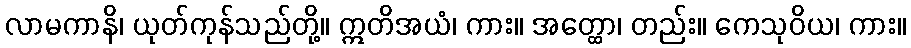
လာမကာနိ၊ ယုတ်ကုန်သည်တို့။ ဣတိအယံ၊ ကား။ အတ္ထော၊ တည်း။ ကေသုဝိယ၊ ကား။